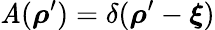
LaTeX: \mathit{A}(\boldsymbol{\rho}^{\prime})=\delta(\boldsymbol{\rho}^{\prime}-\boldsymbol{\xi})